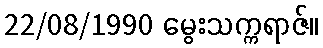
22/08/1990 မွေးသက္ကရာဇ်။